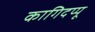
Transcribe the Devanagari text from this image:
कागिदप्पू